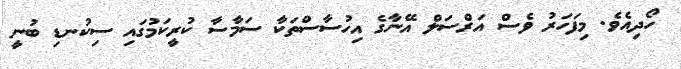
ހޯދިއެވެ. މިފަހަރު ވެސް އަރްސަލް އޭނާގެ އިހުސާސްތަކާ ސަމާސާ ކުރީކަމުގައި ސިކުނޑި ބުނީ